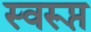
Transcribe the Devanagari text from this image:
स्वरूप्त